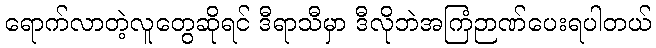
ရောက်လာတဲ့လူတွေဆိုရင် ဒီရာသီမှာ ဒီလိုဘဲအကြံဉာဏ်ပေးရပါတယ်